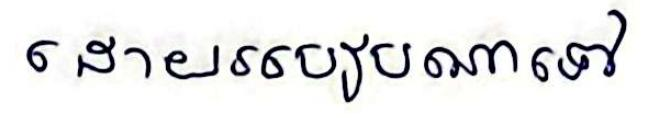
ដោយរបៀបណាទៅ